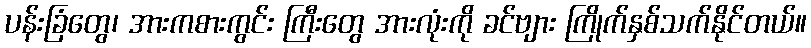
ပန်းခြံတွေ၊ အားကစားကွင်း ကြီးတွေ အားလုံးကို ခင်ဗျား ကြိုက်နှစ်သက်နိုင်တယ်။